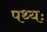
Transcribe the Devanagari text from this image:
पथ्यः